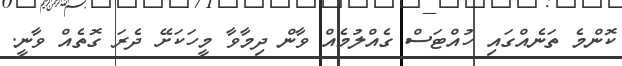
ކޮންމެ ތަނެއްގައި ހުއްޓަސް ގެއްލުމެއް ވާން ދިމާވާ މީހަކަށޭ ދެރަ ގޮތެއް ވާނީ.